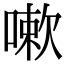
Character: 嗽